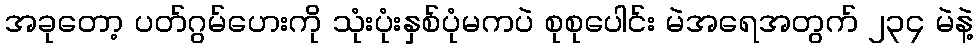
အခုတော့ ပတ်ဂွမ်ဟေးကို သုံးပုံးနှစ်ပုံမကပဲ စုစုပေါင်း မဲအရေအတွက် ၂၃၄ မဲနဲ့